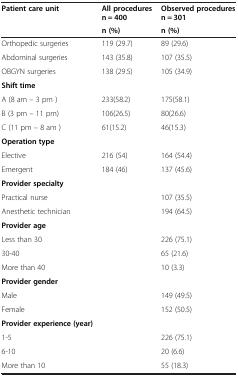
| <ROWSPAN=2> Patient care unit | All procedures n = 400 | Observed procedures n = 301 |
 | n (%) | n (%) |
 | --- | --- | --- |
 | Orthopedic surgeries | 119 (29.7) | 89 (29.6) |
 | Abdominal surgeries | 143 (35.8) | 107 (35.5) |
 | OBGYN surgeries | 138 (29.5) | 105 (34.9) |
 | Shift time |  |  |
 | A (8 am – 3 pm ) | 233(58.2) | 175(58.1) |
 | B (3 pm – 11 pm) | 106(26.5) | 80(26.6) |
 | C (11 pm – 8 am ) | 61(15.2) | 46(15.3) |
 | Operation type |  |  |
 | Elective | 216 (54) | 164 (54.4) |
 | Emergent | 184 (46) | 137 (45.6) |
 | Provider specialty |  |  |
 | Practical nurse |  | 107 (35.5) |
 | Anesthetic technician |  | 194 (64.5) |
 | Provider age |  |  |
 | Less than 30 |  | 226 (75.1) |
 | 30-40 |  | 65 (21.6) |
 | More than 40 |  | 10 (3.3) |
 | Provider gender |  |  |
 | Male |  | 149 (49.5) |
 | Female |  | 152 (50.5) |
 | Provider experience (year) |  |  |
 | 1-5 |  | 226 (75.1) |
 | 6-10 |  | 20 (6.6) |
 | More than 10 |  | 55 (18.3) |